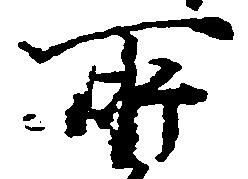
所